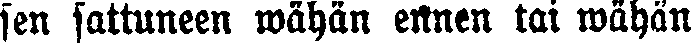
sen sattuneen wähän ennen tai wähän